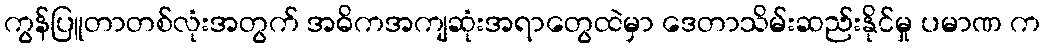
ကွန်ပြူတာတစ်လုံးအတွက် အဓိကအကျဆုံးအရာတွေထဲမှာ ဒေတာသိမ်းဆည်းနိုင်မှု ပမာဏ က